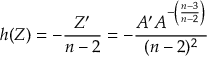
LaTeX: h ( Z ) = - \frac { Z ^ { \prime } } { n - 2 } = - \frac { A ^ { \prime } A ^ { - \left( \frac { n - 3 } { n - 2 } \right) } } { ( n - 2 ) ^ { 2 } }